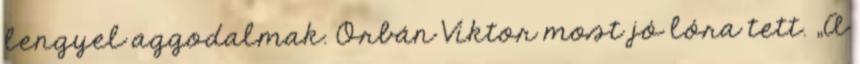
lengyel aggodalmak. Orbán Viktor most jó lóra tett. „A